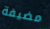
مضيفة